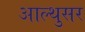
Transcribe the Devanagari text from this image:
आल्थुसर